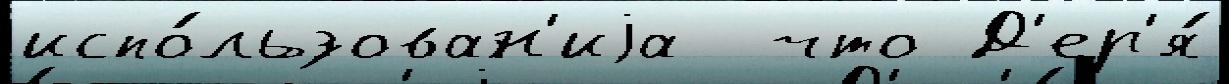
испо́льзован'иjа  что Д'ер'я́